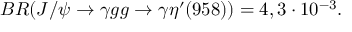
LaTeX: B R ( J / \psi \to \gamma g g \to \gamma \eta ^ { \prime } ( 9 5 8 ) ) = 4 , 3 \cdot 1 0 ^ { - 3 } .